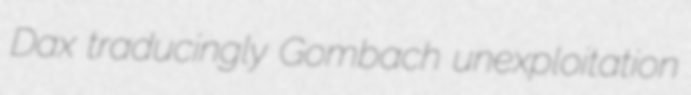
Dax traducingly Gombach unexploitation